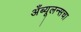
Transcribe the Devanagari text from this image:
अँब्यूलन्सचा